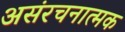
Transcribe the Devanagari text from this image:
असंरचनात्मक